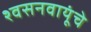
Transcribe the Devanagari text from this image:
श्वसनवायूंचे